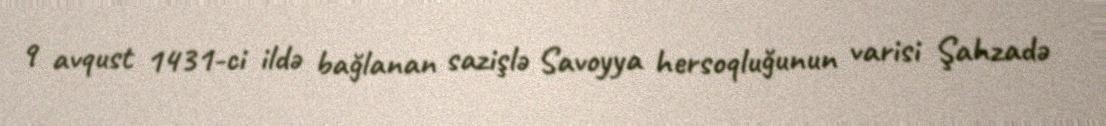
9 avqust 1431-ci ildə bağlanan sazişlə Savoyya hersoqluğunun varisi Şahzadə